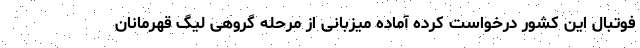
فوتبال این کشور درخواست کرده آماده میزبانی از مرحله گروهی لیگ قهرمانان